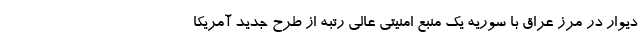
دیوار در مرز عراق با سوریه یک منبع امنیتی عالی رتبه از طرح جدید آمریکا